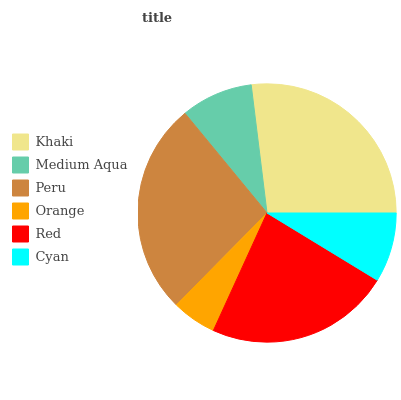
| Khaki | Medium Aqua | Peru | Orange | Red | Cyan |
 | --- | --- | --- | --- | --- | --- |
 | 26.9% | 9.02% | 26.6% | 5.58% | 23.1% | 8.72% |